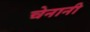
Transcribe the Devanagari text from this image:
चेनानी